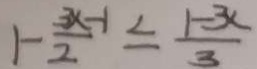
1 - \frac { 3 x - 1 } { 2 } \leq \frac { 1 - 3 x } { 3 }